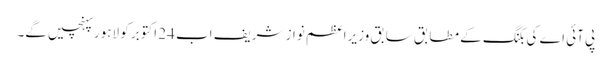
پی آئی اے کی بکنگ کے مطابق سابق وزیراعظم نواز شریف اب 24 اکتوبر کو لاہور پہنچیں گے۔